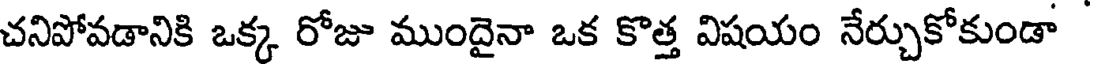
చనిపోవడానికి ఒక్క రోజు ముందైనా ఒక కొత్త విషయం నేర్చుకోకుండా